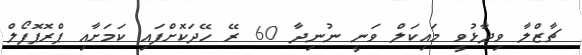
ޗާޒްލާ ވިދާޅުވީ މައިކަލް ވަނީ ނުނިދާ 60 ރޭ ހޭދަކޮށްފައި ކަމަށާއި ޕްރޮޕޮފޯލް